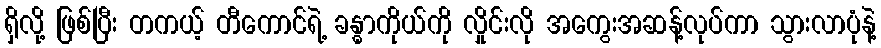
ရှိလို့ ဖြစ်ပြီး တကယ့် တီကောင်ရဲ့ ခန္ဓာကိုယ်ကို လှိုင်းလို အကွေးအဆန့်လုပ်ကာ သွားလာပုံနဲ့